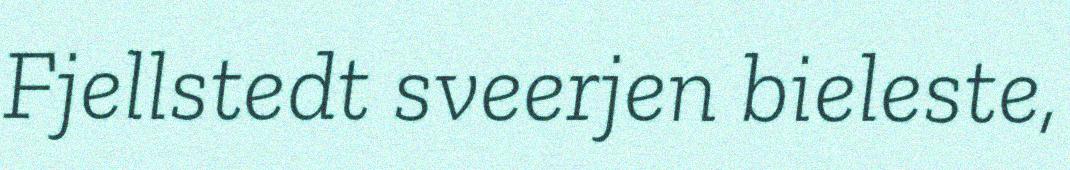
Fjellstedt sveerjen bieleste,